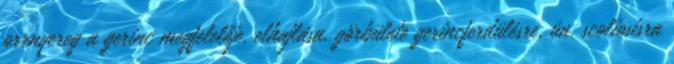
orrnyereg a gerinc megfelelője, elhajlása, görbülete gerincferdülésre, ún. scoliosisra